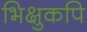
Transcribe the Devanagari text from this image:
भिक्षुकपि